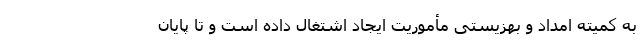
به کمیته امداد و بهزیستی مأموریت ایجاد اشتغال داده است و تا پایان